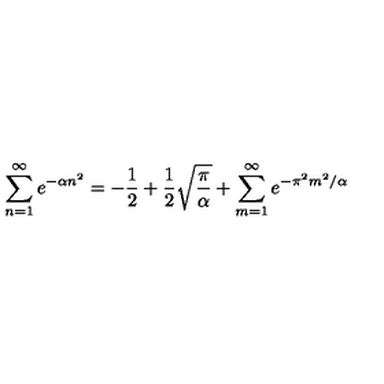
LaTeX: \sum _ { n = 1 } ^ { \infty } e ^ { - \alpha n ^ { 2 } } = - { \frac { 1 } { 2 } } + { \frac { 1 } { 2 } } \sqrt { \frac { \pi } { \alpha } } + \sum _ { m = 1 } ^ { \infty } e ^ { - \pi ^ { 2 } m ^ { 2 } / \alpha }